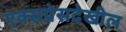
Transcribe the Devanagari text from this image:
एक्सप्रेसदेखील